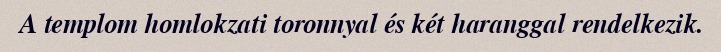
A templom homlokzati toronnyal és két haranggal rendelkezik.